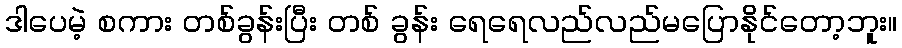
ဒါပေမဲ့ စကား တစ်ခွန်းပြီး တစ် ခွန်း ရေရေလည်လည်မပြောနိုင်တော့ဘူး။